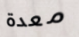
معدة